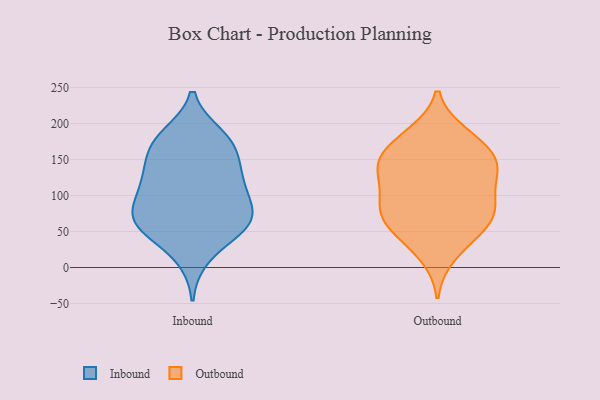
{"axis": {"x": "Headcount", "y": "Value"}, "legend": ["Inbound", "Outbound"], "data": [{"x": "", "y": 172, "type": "Inbound"}, {"x": "", "y": 15, "type": "Inbound"}, {"x": "", "y": 63, "type": "Inbound"}, {"x": "", "y": 44, "type": "Inbound"}, {"x": "", "y": 170, "type": "Inbound"}, {"x": "", "y": 148, "type": "Inbound"}, {"x": "", "y": 179, "type": "Inbound"}, {"x": "", "y": 183, "type": "Inbound"}, {"x": "", "y": 66, "type": "Inbound"}, {"x": "", "y": 109, "type": "Inbound"}, {"x": "", "y": 66, "type": "Inbound"}, {"x": "", "y": 105, "type": "Inbound"}, {"x": "", "y": 134, "type": "Inbound"}, {"x": "", "y": 127, "type": "Inbound"}, {"x": "", "y": 74, "type": "Inbound"}, {"x": "", "y": 61, "type": "Inbound"}, {"x": "", "y": 109, "type": "Inbound"}, {"x": "", "y": 68, "type": "Inbound"}, {"x": "", "y": 69, "type": "Outbound"}, {"x": "", "y": 112, "type": "Outbound"}, {"x": "", "y": 185, "type": "Outbound"}, {"x": "", "y": 180, "type": "Outbound"}, {"x": "", "y": 75, "type": "Outbound"}, {"x": "", "y": 145, "type": "Outbound"}, {"x": "", "y": 145, "type": "Outbound"}, {"x": "", "y": 140, "type": "Outbound"}, {"x": "", "y": 17, "type": "Outbound"}, {"x": "", "y": 71, "type": "Outbound"}, {"x": "", "y": 110, "type": "Outbound"}, {"x": "", "y": 45, "type": "Outbound"}, {"x": "", "y": 48, "type": "Outbound"}, {"x": "", "y": 173, "type": "Outbound"}, {"x": "", "y": 141, "type": "Outbound"}, {"x": "", "y": 87, "type": "Outbound"}, {"x": "", "y": 82, "type": "Outbound"}, {"x": "", "y": 145, "type": "Outbound"}]}